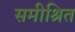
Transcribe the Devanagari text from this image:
समीश्रित